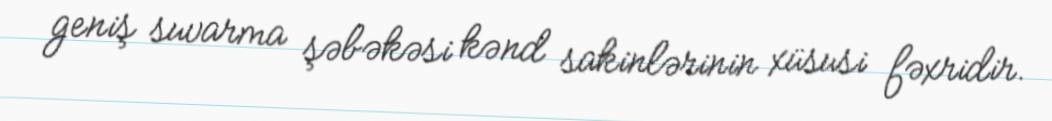
geniş suvarma şəbəkəsi kənd sakinlərinin xüsusi fəxridir.